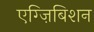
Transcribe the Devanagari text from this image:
एग्ज़िबिशन